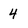
Character: 4